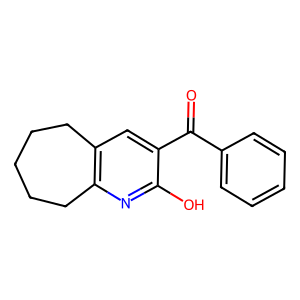
SMILES: O=C(c1ccccc1)c1cc2c(nc1O)CCCCC2
Inhibits HIV replication: No